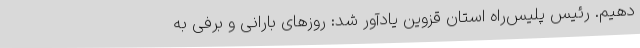
دهیم. رئیس پلیس‌راه استان قزوین یادآور شد: روزهای بارانی و برفی به